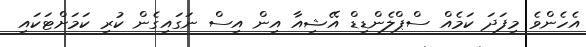
އެހެންވެ މިފަދަ ކަމެއް ސްޕްލެންޑިޑް އޭޝިއާ އިން އިސް ނަގައިގެން ކުރި ކަމަށްޓަކައި